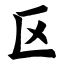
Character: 区